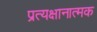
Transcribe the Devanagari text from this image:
प्रत्यक्षानात्मक